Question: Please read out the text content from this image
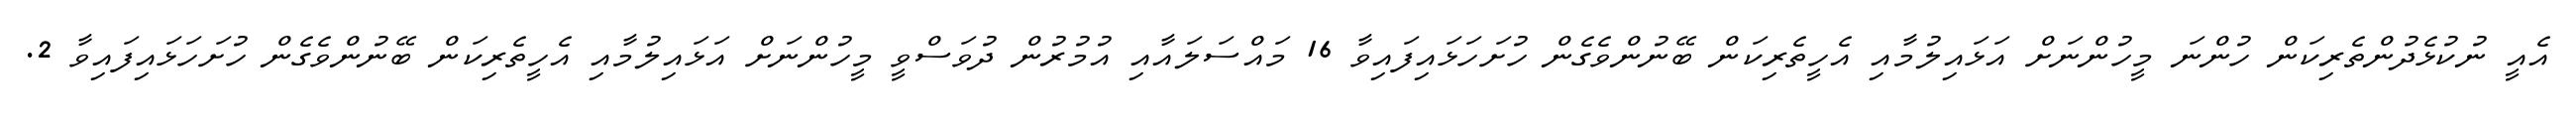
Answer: އެއީ ނުކުޅެދުންތެރިކަން ހުންނަ މީހުންނަށް އަޅައިލުމާއި އެހީތެރިކަން ބޭނުންވެގެން ހުށަހަޅައިފައިވާ 16 މައްސަލައާއި އުމުރުން ދުވަސްވީ މީހުންނަށް އަޅައިލުމާއި އެހީތެރިކަން ބޭނުންވެގެން ހުށަހަޅައިފައިވާ 2.